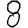
Digit: 8